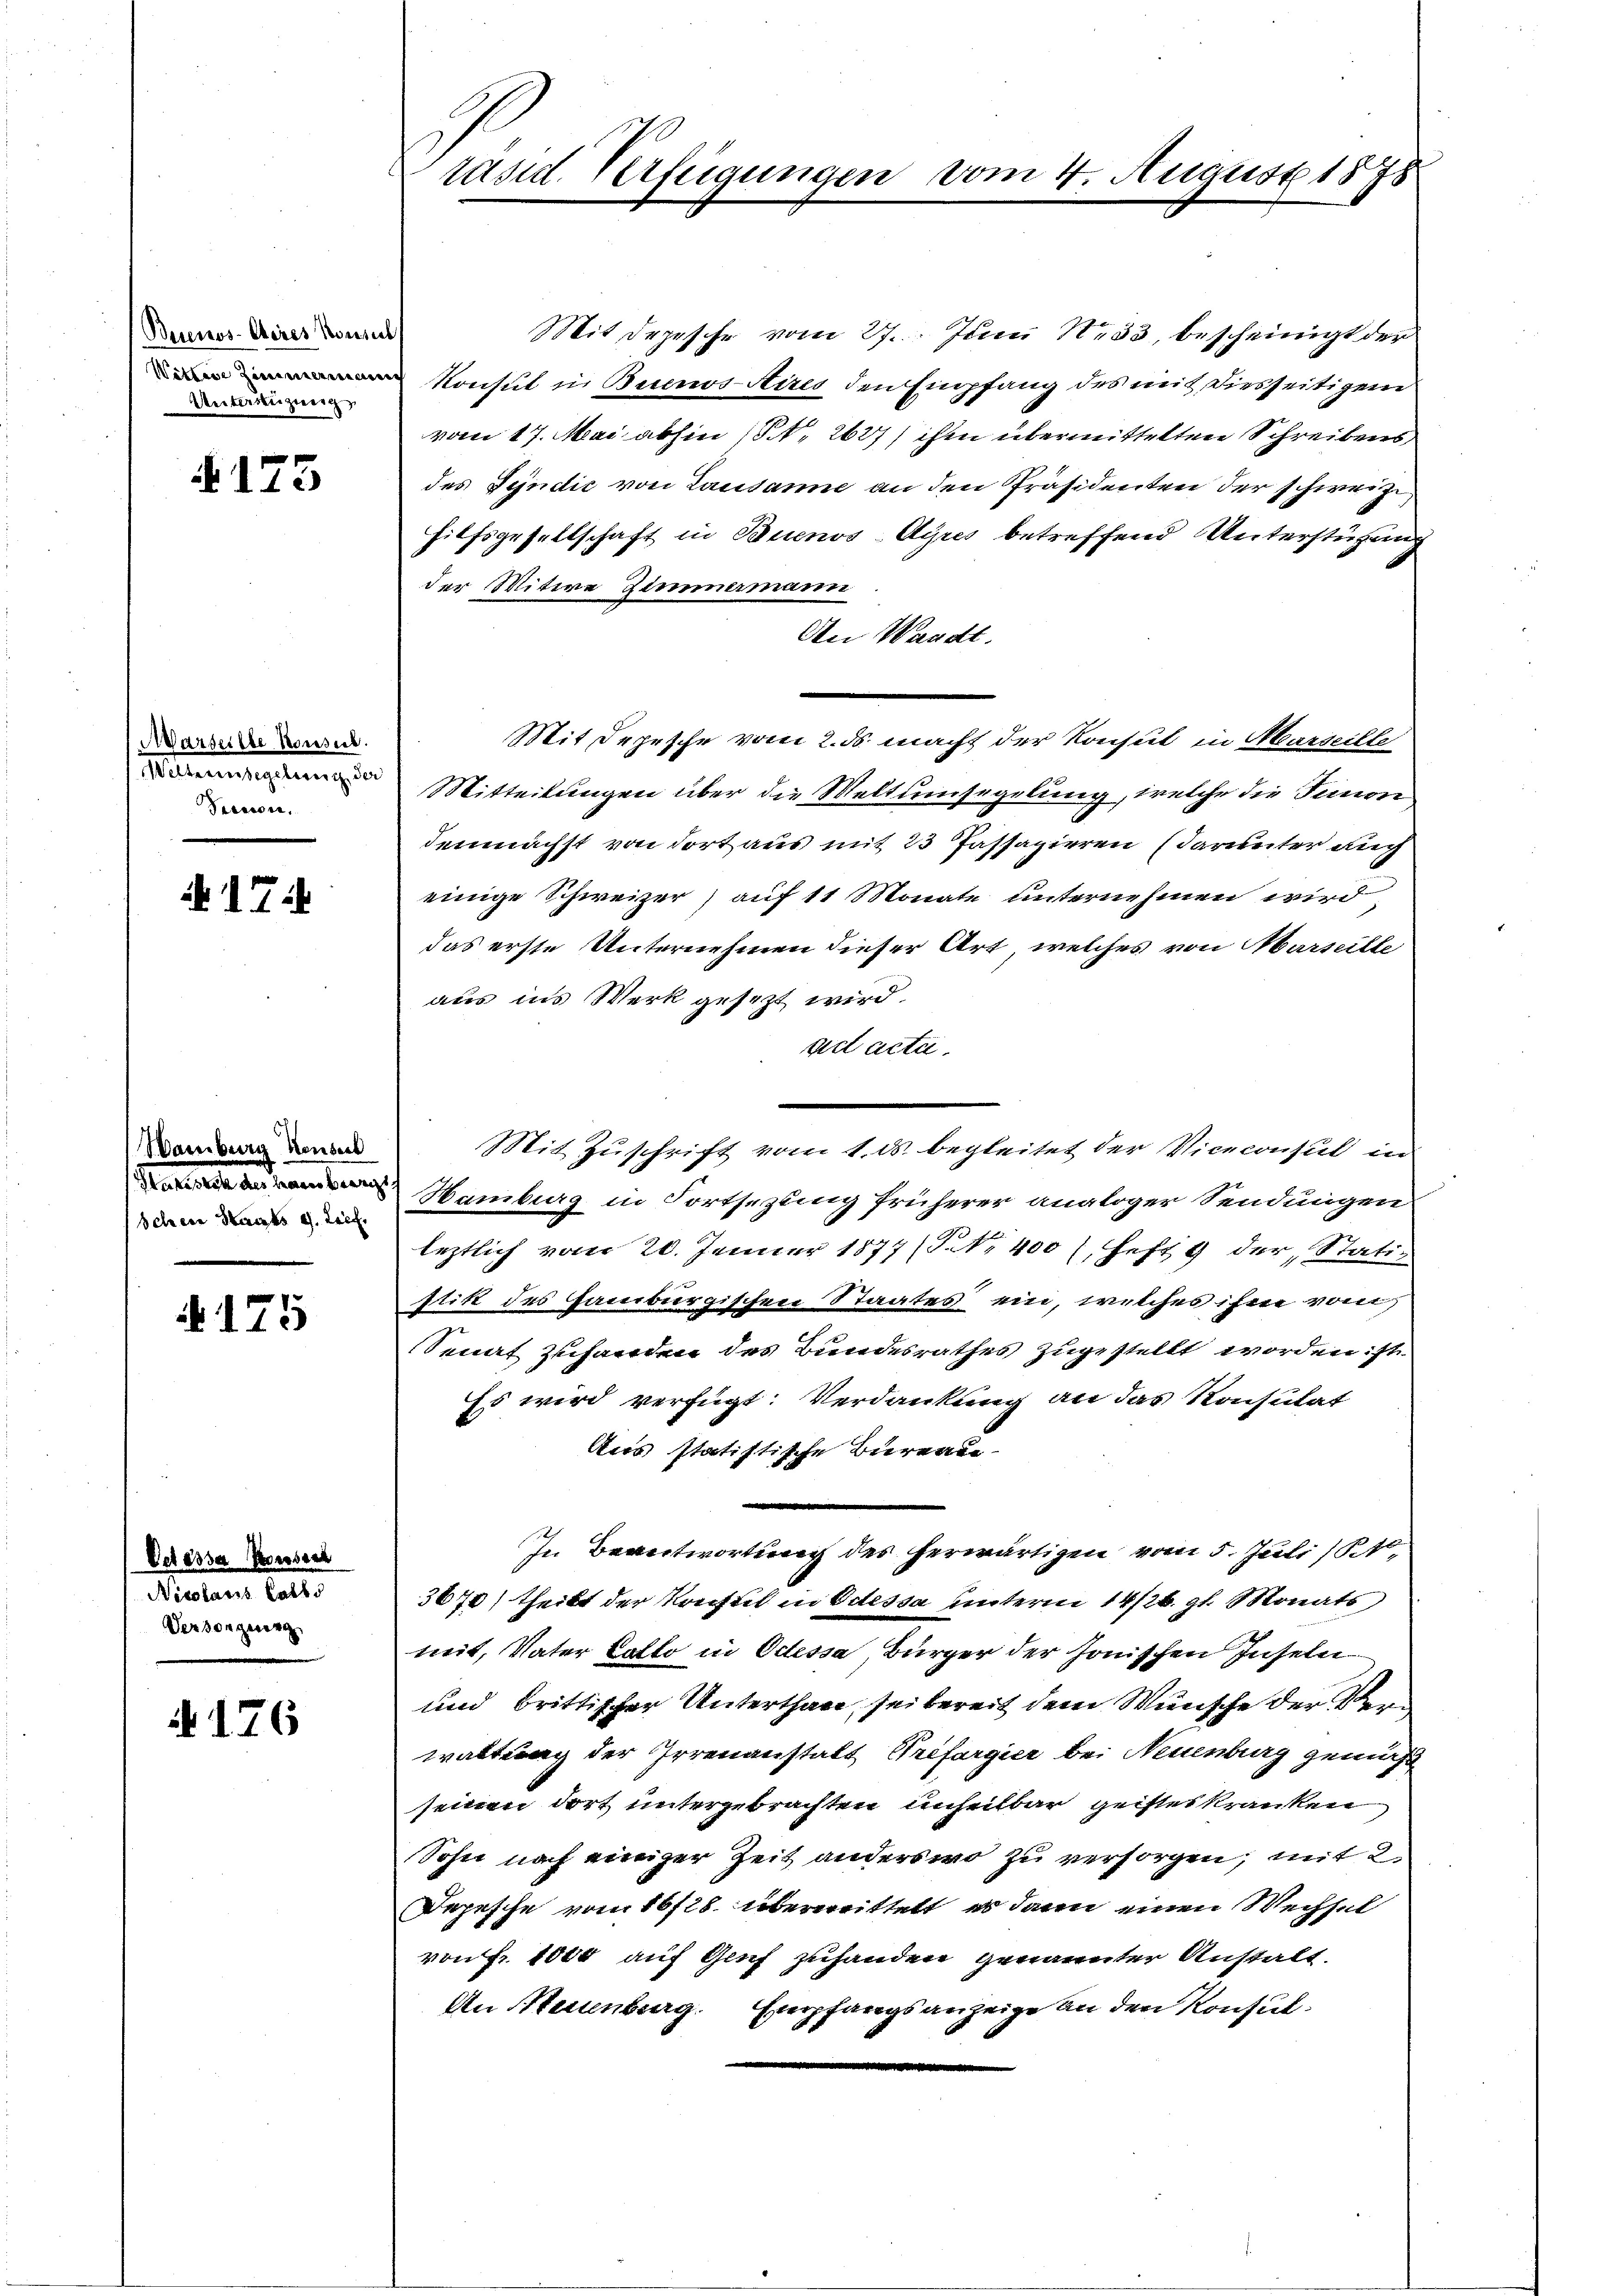
Beienos-Chires Konsul
Unterrenzweig

§175

Aarseille Konsul
Mitleisegelung der
Praesen.

174

Wamburg Konseil
Schein Staats d. Lief

175

Oeressa Kesserh
Polen hatte
Versorgung,

A 176

räsid. Verfügunger

Mit Depesche vom 27. Juni 1833, bescheinigt der
 Konsul in Buenos-Aires den Empfang des mit diesseitigem
vom 17. Mai abhin (S. 2627) ihm übermittelten Schreibens
des Syndić von Lausanne an den Präsidenten der schweize
hilfsgesellschaft in Buenos-Ayres betreffend Unterstüzung
der Mitwe Zimmermann,
An Waadt.
Mit Depesche vom 2. ds. macht der Konsul in Marseille
Mitteilungen über die Meltumsegelung, welche die Simon,
demnächst von dort aus mit 23 Passazieren (darunter auch
einige Schweizer) auf 11 Monate unternehmen wird,
das erste Unternehmen dieser Art, welches von Marseille
aus ins Werk gesezt wird.
ad acta.
Mit Zuschrift vom 1. ds. begleitet der Viceconsul in
Hamburg in Fortsezung früherer analoger Sendungen
leztlich vom 20. Jenner 1877 (S. Nr. 400 / Heft 9 der Statistik des Hamburgischen Staates ein, welches ihm vom
Senat zuhanden des Bundesrathes zugestellt worden: st
Es wird verfügt: Verdankung an das Konsulat
Aus statistische Beereau
In Beantwortung des herwärtigen vom 5. Juli (St.
3670) theilt der Kreistet in Odessa unterm 14/26. St. Monats
weit, Vater Cotto in Octessa, Bürger der sonischen Inseln
und brittischer Unterthan, sei bereit dem Wunsche der Ver
waltung der Irrenanstalt Préfargier bei Neuenburg gemäß
seinen dort untergebrachten unheilbar geistes kranken
Sohn nach einiger Zeit anderswo zu versorgen, mit 2
Depesche vom 16/18. überwittelt, es dann einen Wechsel
von Fr. 1000 auf Genf zuhanden genannter Anstalt.
An Neuenburg. Empfangsanzeige an den Konsul¬

August 1878